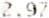
2.97